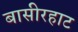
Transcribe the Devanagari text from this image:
बासीरहाट